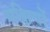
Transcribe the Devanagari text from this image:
भक्षियों